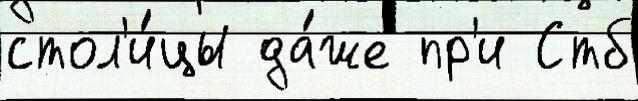
стол'и́цы да́же пр'и Стб